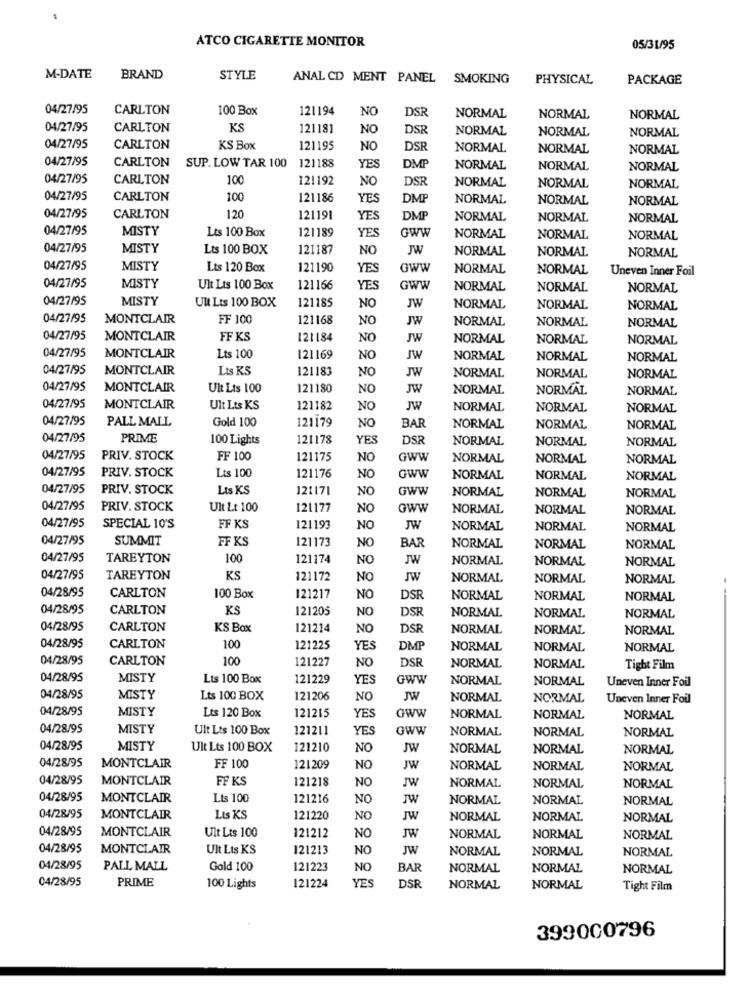
ATCO CIGARETTE MONITOR
05/31/95
M-DATE
BRAND
STYLE
ANAL CD MENT PANEL
SMOKING
PHYSICAL
PACKAGE
04/27/95
CARLTON
100 Box
121194
NO
DSR
NORMAL
NORMAL
NORMAL
04/27/95
CARLTON
KS
121181
NO
DSR
NORMAL
NORMAL
NORMAL
04/27/95
CARLTON
KS Box
121195
NO
DSR
NORMAL
NORMAL
NORMAL
04/27/95
CARLTON
SUP. LOW TAR 100
121188
YES
DMP
NORMAL
NORMAL
NORMAL
04/27/95
CARLTON
100
121192
NO
DSR
NORMAL
NORMAL
NORMAL
04/27/95
CARLTON
100
121186
YES
DM
NORMAL
NORMAL
NORMAL
04/27/95
CARLTON
120
121191
YES
DMP
NORMAL
NORMAL
NORMAL
04/27/95
MISTY
Lts 100 Box
121189
GWW
YES
NORMAL
NORMAL
NORMAL
04/27/95
MISTY
Lts 100 BOX
121187
NO
JW
NORMAL
NORMAL
NORMAL
04/27/95
MISTY
Lts 120 Box
121190
YES
Gww
NORMAL
NORMAL
Uneven Inner Foil
04/27/95
MISTY
Ult Lts 100 Box
121166
YES
GWW
NORMAL
NORMAL
NORMAL
04/27/95
MISTY
Ult Lts 100 BOX
121185
JW
NO
NORMAL
NORMAL
NORMAL
04/27/95
MONTCLAIR
FF 100
121168
NO
JW
NORMAL
NORMAL
NORMAL
04/27/95
MONTCLAIR
FF KS
121184
NO
JW
NORMAL
NORMAL
NORMAL
04/27/95
MONTCLAIR
Lts 100
121169
NO
JW
NORMAL
NORMAL
NORMAL
04/27/95
MONTCLAIR
Lts KS
121183
NO
JW
NORMAL
NORMAL
NORMAL
04/27/95
MONTCLAIR
Ult Lts 100
121180
NO
JW
NORMAL
NORMAL
NORMAL
04/27/95
MONTCLAIR
Ult Lts KS
121182
NO
JW
NORMAL
NORMAL
NORMAL
04/27/95
PALL MALL
Gold 100
BAR
121179
NO
NORMAL
NORMAL
NORMAL
04/27/95
PRIME
100 Lights
121178
YES
DSR
NORMAL
NORMAL
NORMAL
04/27/95
PRIV. STOCK
FF 100
121175
NO
GWW
NORMAL
NORMAL
NORMAL
04/27/95
PRIV. STOCK
Lts 100
121176
NO
GWW
NORMAL
NORMAL
NORMAL
04/27/95
PRIV. STOCK
Lts KS
121171
NO
GWW
NORMAL
NORMAL
NORMAL
04/27/95
PRIV. STOCK
Ult Lt 100
121177
NO
Gww
NORMAL
NORMAL
NORMAL
04/27/95
SPECIAL 10'S
FF KS
121193
NO
JW
NORMAL
NORMAL
NORMAL
04/27/95
SUMMIT
FF KS
121173
BAR
NO
NORMAL
NORMAL
NORMAL
04/27/95
TAREYTON
100
121174
NO
JW
NORMAL
NORMAL
NORMAL
04/27/95
TAREYTON
KS
121172
NO
JW
NORMAL
NORMAL
NORMAL
04/28/95
CARLTON
100 Box
121217
NO
DSR
NORMAL
NORMAL
NORMAL
04/28/95
CARLTON
KS
121205
NO
DSR
NORMAL
NORMAL
NORMAL
04/28/95
CARLTON
KS Box
121214
NO
DSR
NORMAL
NORMAL
NORMAL
04/28/95
CARLTON
100
121225
YES
DMP
NORMAL
NORMAL
NORMAL
04/28/95
CARLTON
100
121227
NO
DSR
NORMAL
NORMAL
Tight Film
04/28/95
MISTY
Lts 100 Box
121229
YES
GWW
NORMAL
NORMAL
Uneven Inner Foil
04/28/95
MISTY
Lts 100 BOX
121206
NO
JW
NORMAL
NORMAL
Uneven Inner Foil
04/28/95
MISTY
Lts 120 Box
121215
YES
Gww
NORMAL
NORMAL
NORMAL
04/28/95
MISTY
Ult Lts 100 Box
121211
YES
GWW
NORMAL
NORMAL
NORMAL
04/28/95
MISTY
Ult Lts 100 BOX
121210
NO
JW
NORMAL
NORMAL
NORMAL
04/28/95
MONTCLAIR
FF 100
121209
NO
JW
NORMAL
NORMAL
NORMAL
04/28/95
MONTCLAIR
FF KS
121218
NO
JW
NORMAL
NORMAL
NORMAL
04/28/95
MONTCLAIR
Lts 100
121216
NO
JW
NORMAL
NORMAL
NORMAL
04/28/95
MONTCLAIR
Lis KS
121220
NO
JW
NORMAL
NORMAL
NORMAL
04/28/95
Ult Lts 100
MONTCLAIR
121212
NO
JW
NORMAL
NORMAL
NORMAL
04/28/95
MONTCLAIR
Ult Lts KS
121213
NO
JW
NORMAL
NORMAL
NORMAL
04/28/95
PALL MALL
Gold 100
121223
NO
BAR
NORMAL
NORMAL
NORMAL
04/28/95
PRIME
YES
DSR
100 Lights
121224
NORMAL
NORMAL
Tight Film
399000796